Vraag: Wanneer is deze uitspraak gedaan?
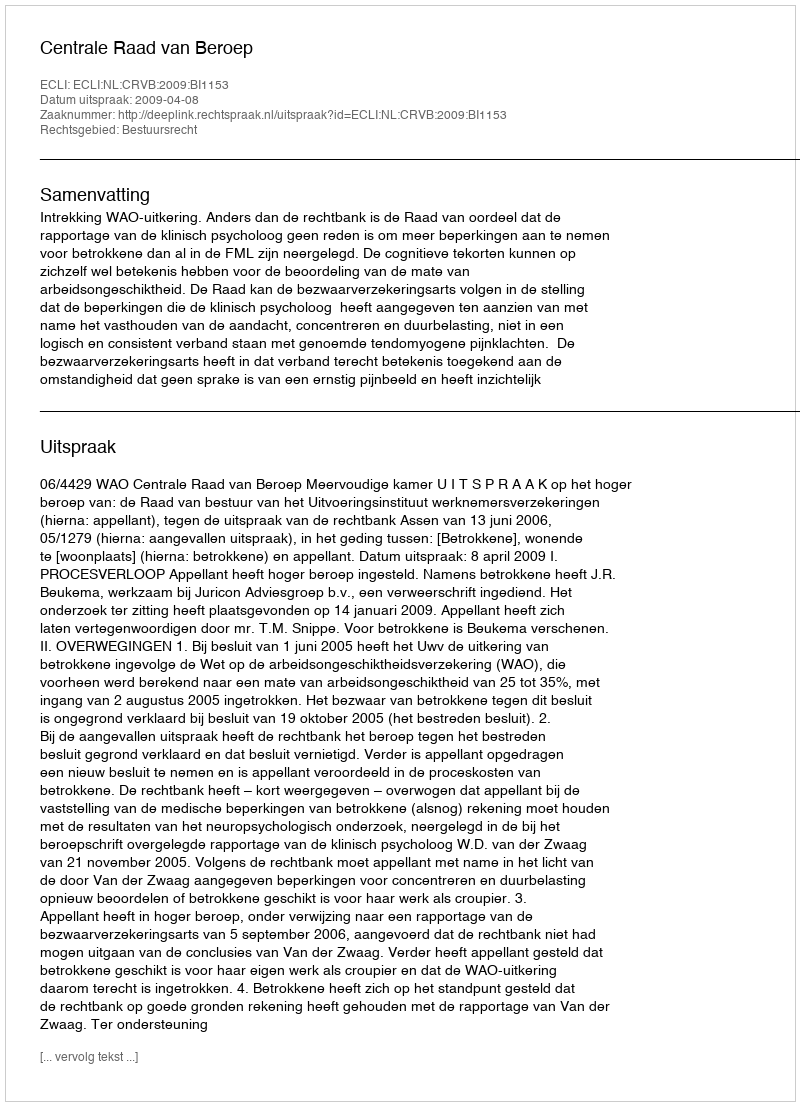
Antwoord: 2009-04-08